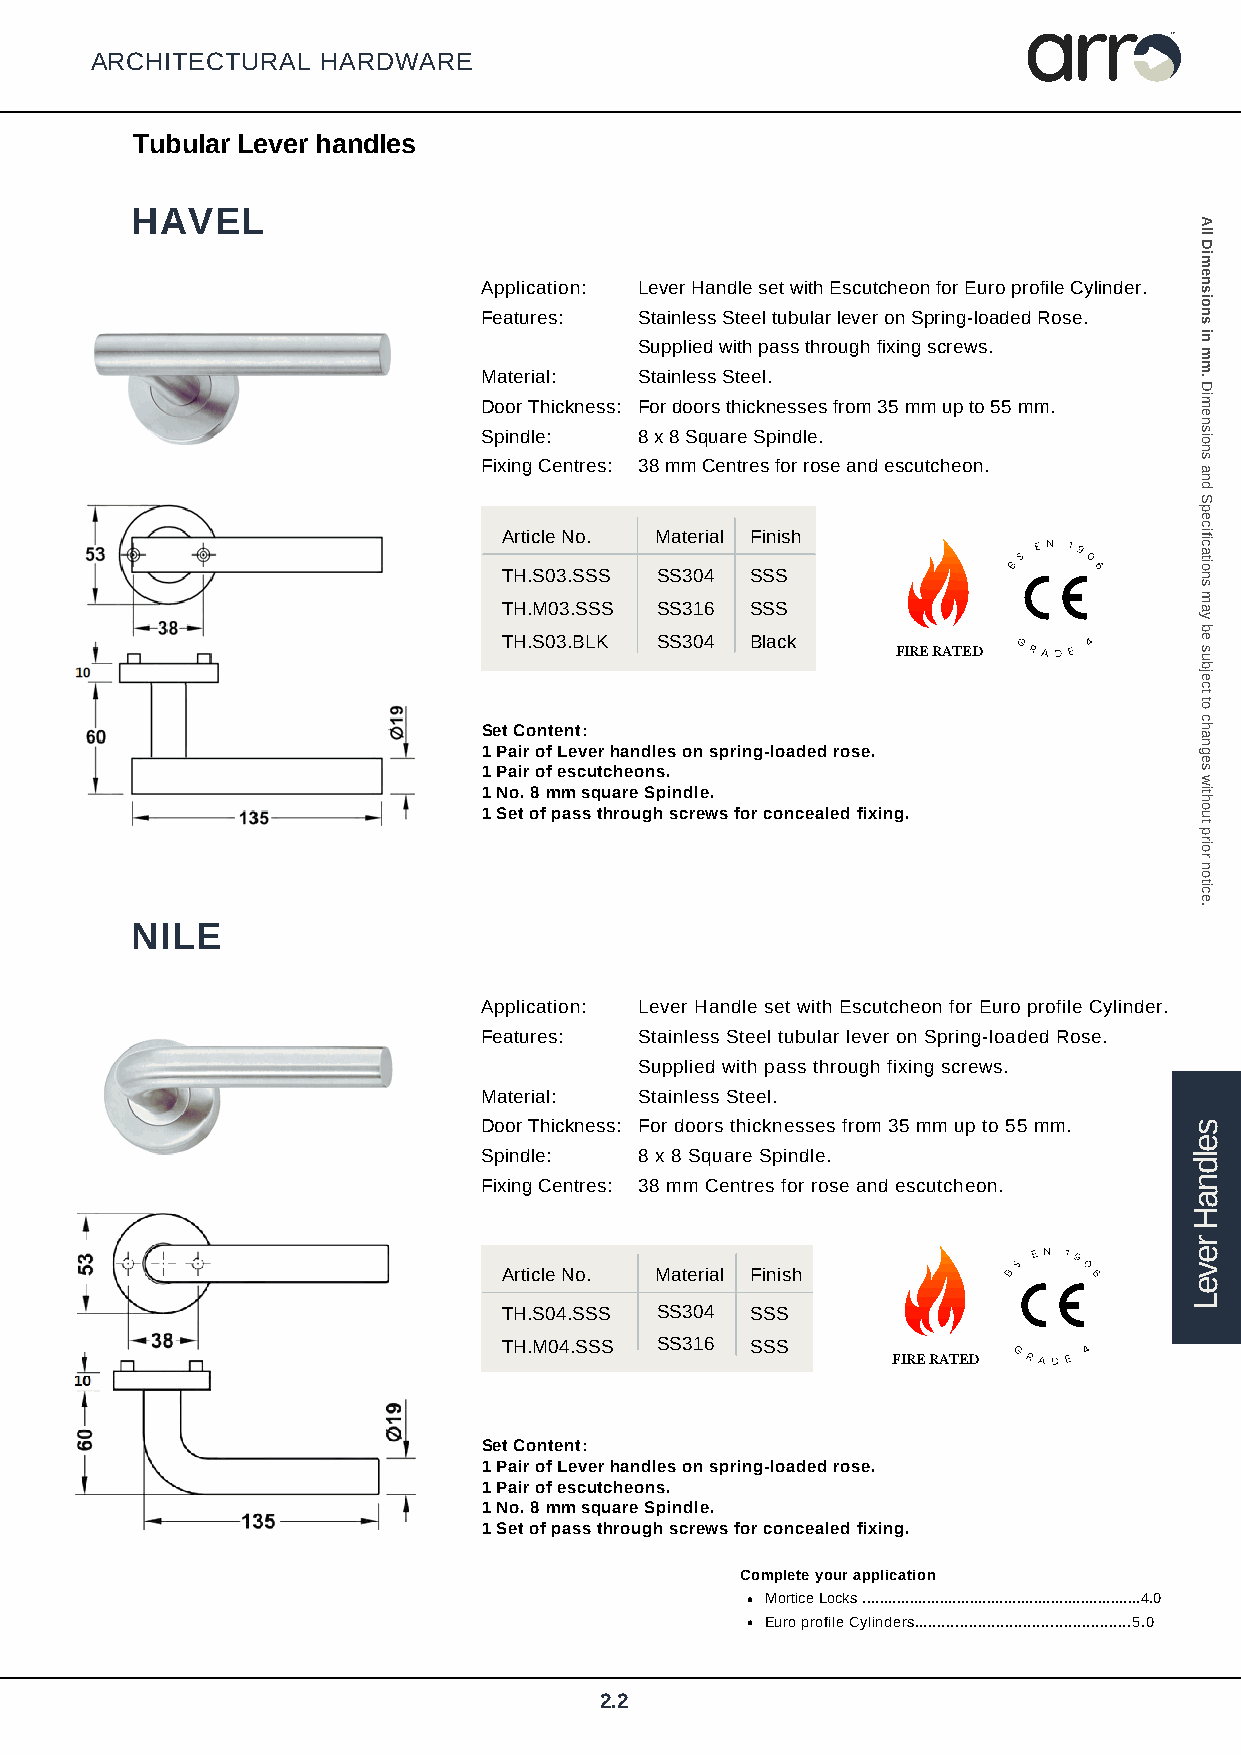
arr
 TM
 ARCHITECTURAL  HARDWARE
 Tubular Lever handles
 HAVEL
 Application: Lever Handle set with Escutcheon for Euro profile Cylinder.
 Features: Stainless Steel tubular lever on Spring-loaded Rose.
 Supplied with pass through fixing screws.
 Material: Stainless Steel.
 Door Thickness: For doors thicknesses from 35 mm up to 55 mm.
 Spindle:  8 x 8 Square Spindle.
 Fixing Centres: 38 mm Centres for rose and escutcheon.
 Article No. Material Finish
 TH.S03.SSS SS304 SSS
 BS
 E N 19
 0
 6
 TH.M03.SSS SS316 SSS
 TH.S03.BLK SS304 Black    FIRE R ATED GRAD E 4
 Set Content:
 1 Pair of Lever handles on spring-loaded rose.
 1 Pair of escutcheons.
 1 No. 8 mm square Spindle.
 1 Set of pass through screws for concealed fixing.
 NILE
 Application: Lever Handle set with Escutcheon for Euro profile Cylinder.
 Features: Stainless Steel tubular lever on Spring-loaded Rose.
 Supplied with pass through fixing screws.
 Material: Stainless Steel.
 Door Thickness: For doors thicknesses from 35 mm up to 55 mm.
 Spindle:  8 x 8 Square Spindle.
 Fixing Centres: 38 mm Centres for rose and escutcheon.
 Article No. Material Finish       BS
 E N 19
 0 6
 TH.S04.SSS SS304 SSS
 TH.M04.SSS SS316 SSS      FIRE R ATED GRAD E 4
 Set Content:
 1 Pair of Lever handles on spring-loaded rose.
 1 Pair of escutcheons.
 1 No. 8 mm square Spindle.
 1 Set of pass through screws for concealed fixing.
 Complete your application
 Mortice Locks .................................................................4.0
 Euro profile Cylinders................................................5.0
 2.2
 seldnaH
 reveL
 All
 Dimensions
 in
 mm.
 Dimensions
 and
 Specifications
 may
 be
 subject
 to
 changes
 without
 prior
 notice.